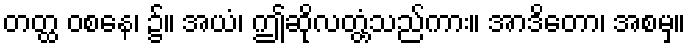
တတ္ထ ဝစနေ၊ ၌။ အယံ၊ ဤဆိုလတံ့္တသည်ကား။ အာဒိတော၊ အစမှ။